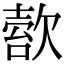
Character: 𣣿